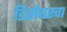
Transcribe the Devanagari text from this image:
डिसेंबरचा